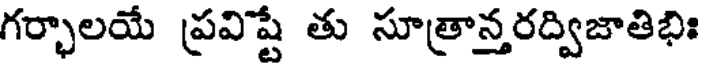
గర్భాలయే ప్రవిష్టే తు సూత్రాన్తరద్విజాతిభిః